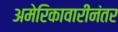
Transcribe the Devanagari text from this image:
अमेरिकावारीनंतर